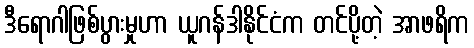
ဒီရောဂါဖြစ်ပွားမှုဟာ ယူဂန်ဒါနိုင်ငံက တင်ပို့တဲ့ အာဖရိက